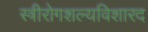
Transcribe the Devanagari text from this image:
स्त्रीरोगशल्यविशारद